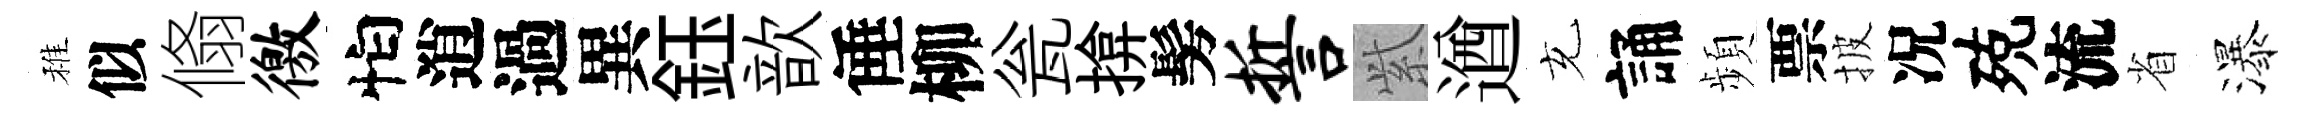
稚似翛徼怕逍過異鈺歆倕柳瓮揜髣誓𬗋遒充誦頻票披况殑流省瀑